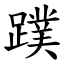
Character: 蹼